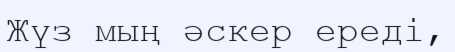
Жүз мың әскер ереді,